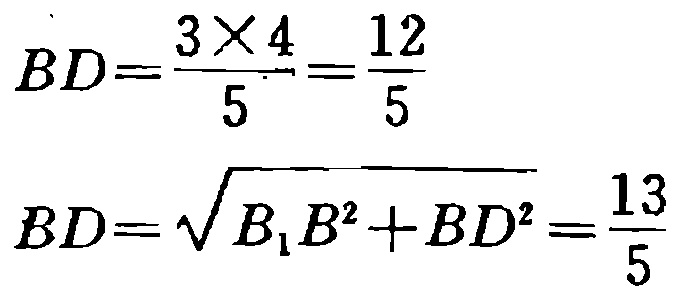
\[

BD=\frac{3\times4}{5}=\frac{12}{5}

\]

\[

BD=\sqrt{B_{1}B^{2}+BD^{2}}=\frac{13}{5}

\]